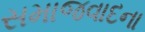
સમાજવાદના